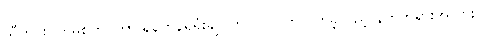
သီတင်းပတ်မှစတင်ကာ ရန်ကုန်ရှိရုံးချုပ်တွင် လုပ်ကိုင်လာခဲ့သည့် နတ်ဘုရားအလား